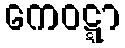
ကေဝဋ္ဋာ